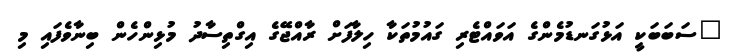
"ސަބަބަކީ އަޅުގަނޑުމެންގެ އަވައްޓެރި ގައުމުތަކާ ހިލާފަށް ރާއްޖޭގެ އިގްތިސާދު މުޅިންހެން ބިނާވެފައި މި